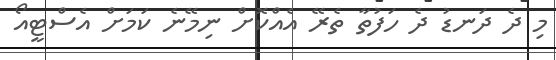
މި ދެ ދަނޑު ދެ ހަފުތާ ތެރޭ އެއްކޮށް ނިމޭނެ ކަމަށް އެސްޓީއޯ